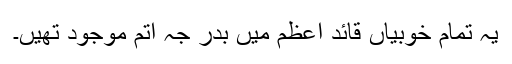
یہ تمام خوبیاں قائدِ اعظم میں بدر جہ اُتم موجود تھیں۔